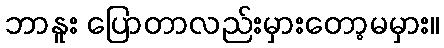
ဘာနူး ပြောတာလည်းမှားတော့မမှား။